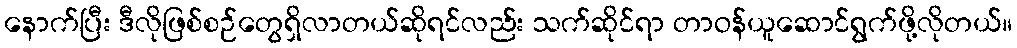
နောက်ပြီး ဒီလိုဖြစ်စဉ်တွေရှိလာတယ်ဆိုရင်လည်း သက်ဆိုင်ရာ တာဝန်ယူဆောင်ရွက်ဖို့လိုတယ်။